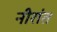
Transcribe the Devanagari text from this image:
नीरांत